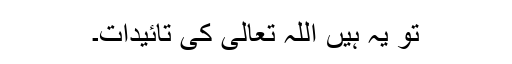
تو یہ ہیں اللہ تعالیٰ کی تائیدات۔